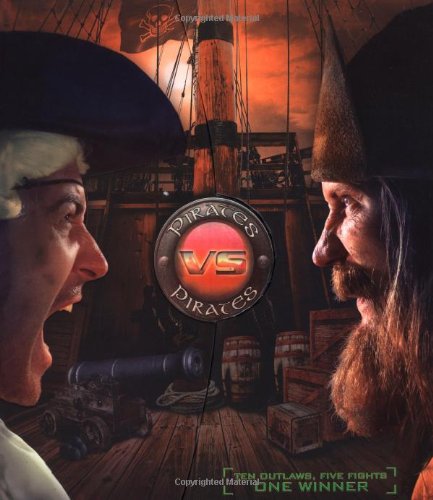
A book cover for Versus: Pirates; Richard Platt; Children's Books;